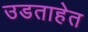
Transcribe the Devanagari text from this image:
उडताहेत